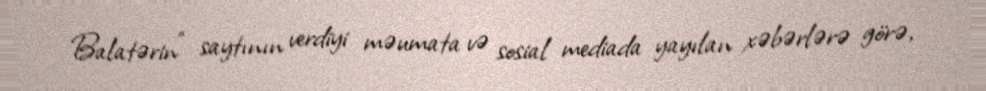
Balatərin" saytının verdiyi məumata və sosial mediada yayılan xəbərlərə görə,